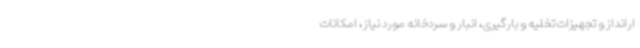
ارانداز و تجهیزات تخلیه و بارگیری، انبار و سردخانه مورد نیاز، امکانات